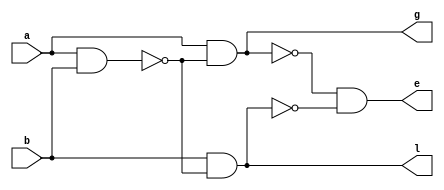
`timescale 1ns / 1ps
//////////////////////////////////////////////////////////////////////////////////
// Company: 
// Engineer: 
// 
// Design Name: 
// Module Name: comp_1bit_nand
// Project Name: 
// Target Devices: 
// Tool Versions: 
// Description: 
// 
// Dependencies: 
// 
// Revision:
// Revision 0.01 - File Created
// Additional Comments:
// 
//////////////////////////////////////////////////////////////////////////////////


module comp_1bit_nand(input a,b, output l,e,g );
wire w1,w2,w3,w4;
nand n1(w1,a,b);
nand n2(w2,a,w1);
nand n3(w3,b,w1);
nand n4(w4,w2,w3);
nand n5(g,w2,w2);
nand n6(e,w4,w4);
nand n7(l,w3,w3);
endmodule